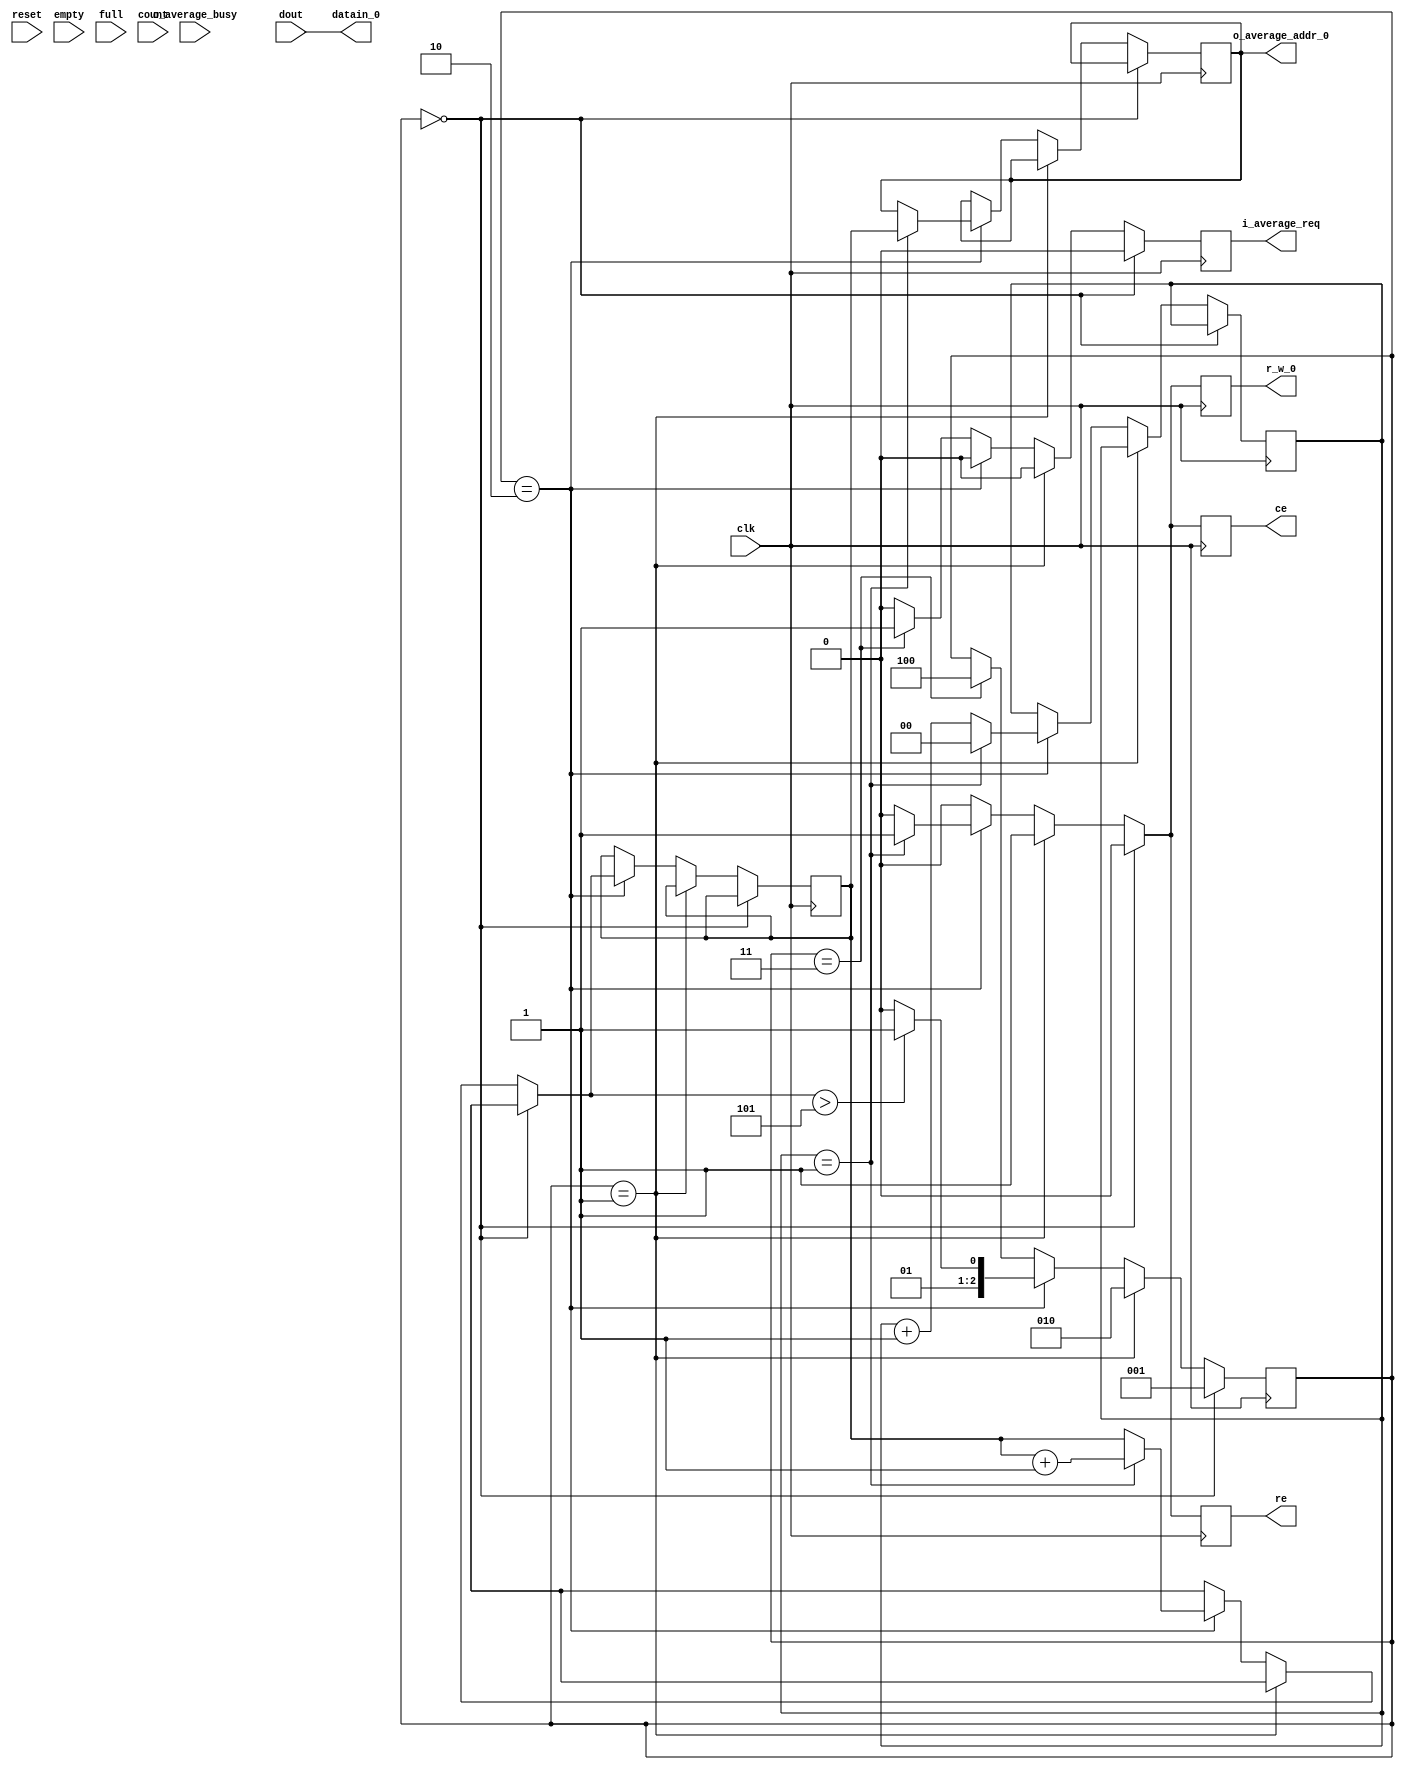
module fifo2bram(
	input clk,
	input reset,

	//FIFOからの信号線
	input [31:0] dout,
	input empty,
	input full,
	input [31:0] count,
	output re,

	//JRTへの信号線
	output ce,
	output i_average_req,
	input  o_average_busy,
	output [31:0] o_average_addr_0,
	output [31:0] datain_0,
	output r_w_0

);

	parameter START = 3'b000, FIFO_R = 3'b001, BRAM_W = 3'b010 ,JRTRUN = 3'b011, WAIT = 3'b100;

	reg [31:0] addr;
	reg [2:0]  state;
	reg [1:0]  sub_state = 1'b0;

	reg ce;
	reg re;
	reg r_w_0;
	reg i_average_req;
	//reg [31:0] datain_0;
	reg [31:0] o_average_addr_0;

	assign datain_0 = dout;

	
	always@(posedge clk) begin
		if((!reset)) begin
		 	addr  <= 32'h0;
			state <= START;
		end


		r_w_0   <= 1'b0; 
		ce <= 1'b0;
		i_average_req <= 1'b0;
		re <= 1'b0;
		

		//FIFOが溜まってかつJRTが動作中でない場合読みだす
		if(state==START) begin
			//if(o_average_busy == 1'b1) state = WAIT;
			//else  state = FIFO_R;
			state = FIFO_R;
		end

		else if(state== FIFO_R) begin
			  re <= 1'b1;
			  ce <= 1'b1;
			  r_w_0  <= 1'b1;
			  state <= BRAM_W;
		end

		else if(state == BRAM_W)begin
			if(sub_state == 2'b01) begin
				sub_state <= 2'b00;
				o_average_addr_0 = addr;
				addr   = addr+32'h01;
				r_w_0  <= 1'b1;
				ce <= 1'b1;
				re <=1'b1;
			end

			else begin
				sub_state <= sub_state +2'b01;
			end


			if(addr>32'h05) begin 
				state = JRTRUN;
			end
			else  begin
				state = BRAM_W;
			end
		end

		//JRTモジュールを実行       
		else if(state == JRTRUN) begin
			  i_average_req <= 1'b1;
		          state <= WAIT;
		end
		else if(state == WAIT) begin
		          i_average_req <= 1'b0;
		end 


		
	end
endmodule